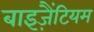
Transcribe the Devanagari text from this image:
बाइज़ैंटियम